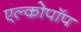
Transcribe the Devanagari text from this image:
एल्कोपॉप